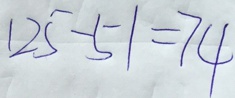
1 2 5 - 5 1 = 7 4